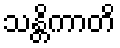
သန္တိကာတိ